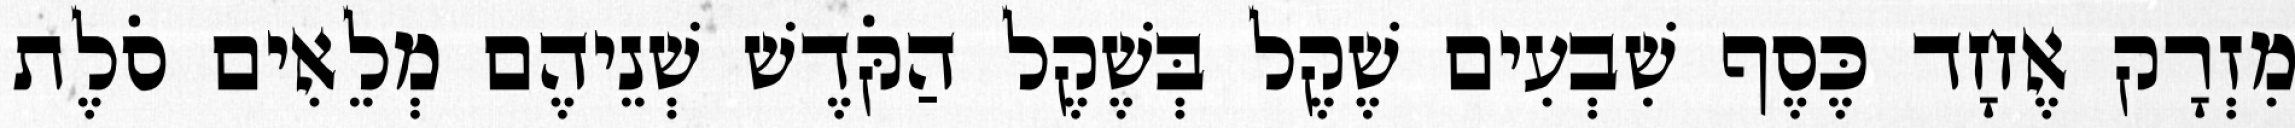
מִזְרָק אֶחָד כֶּסֶף שִׁבְעִים שֶׁקֶל בְּשֶׁקֶל הַקֹּדֶשׁ שְׁנֵיהֶם מְלֵאִים סֹלֶת